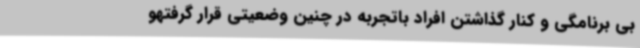
بی برنامگی و کنار گذاشتن افراد باتجربه در چنین وضعیتی قرار گرفتهو